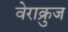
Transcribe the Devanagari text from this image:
वेराक्रुज